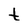
Character: t